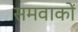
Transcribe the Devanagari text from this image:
समवाकों